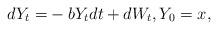
LaTeX: \begin{align*}dY_t =& -b Y_t dt + dW_t,Y_0 = x,\end{align*}